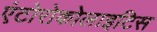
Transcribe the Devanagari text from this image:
एंटोरोकोलाइटिस